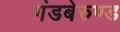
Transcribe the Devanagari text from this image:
गंडबेरुण्ड